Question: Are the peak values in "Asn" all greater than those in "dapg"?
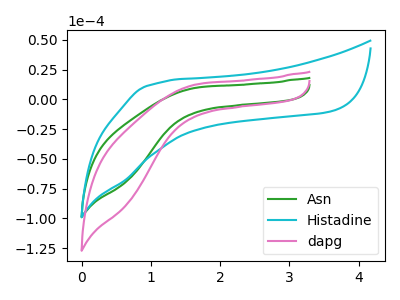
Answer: <think>The green curve "Asn" has no peaks. The cyan curve "Histadine" has no peaks. The pink curve "dapg" has no peaks.</think>
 <answer>Niether CV has any peaks.</answer>
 <eval>blanks</eval>